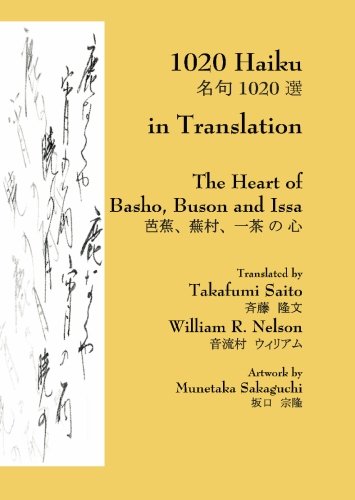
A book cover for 1020 Haiku in Translation: The Heart of Basho, Buson and Issa; William R. Nelson; Literature & Fiction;